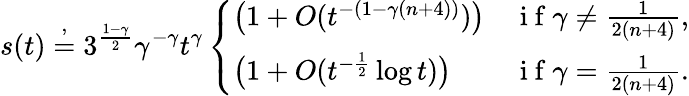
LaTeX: s(t)\stackrel{,}{=}3^{\frac{1-\gamma}{2}}\gamma^{-\gamma}t^{\gamma}\left\{ \begin{array}{ll}{\big(1+O(t^{-(1-\gamma(n+4))})\big)}&{\mathrm{~i~f~}\gamma\ne\frac{1}{2(n+4)},}\\ {\big(1+O(t^{-\frac 12}\log t)\big)}&{\mathrm{~i~f~}\gamma=\frac{1}{2(n+4)}.}\end{array}\right.